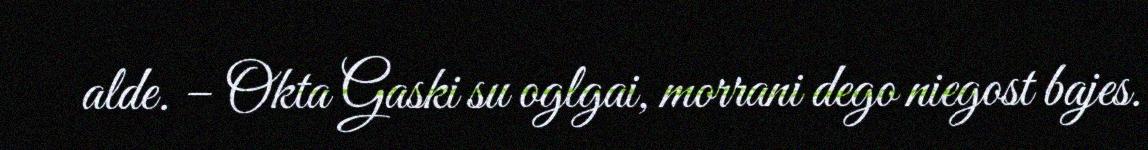
alde. – Okta Gaski su oglgai, morrani dego niegost bajes.